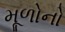
મૂળોનો